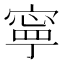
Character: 寧